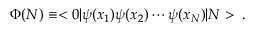
\Phi ( N ) \equiv < 0 \vert \psi ( x _ { 1 } ) \psi ( x _ { 2 } ) \cdots \psi ( x _ { N } ) \vert N > \, .